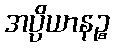
အပ္ပိယာနဉ္စ